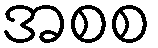
အစစ